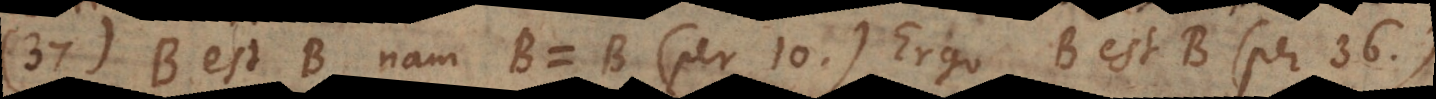
37) B est B, nam B = B (per 10). Ergo B est B (per 36).